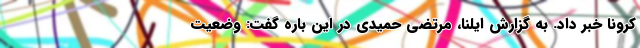
کرونا خبر داد. به گزارش ایلنا، مرتضی حمیدی در این باره گفت: وضعیت